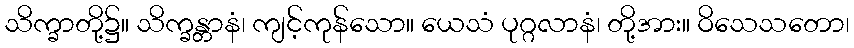
သိက္ခာတို့၌။ သိက္ခန္တာနံ၊ ကျင့်ကုန်သော။ ယေသံ ပုဂ္ဂလာနံ၊ တို့အား။ ဝိသေသတော၊